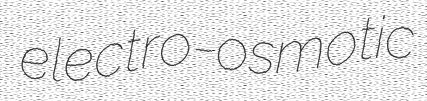
electro-osmotic